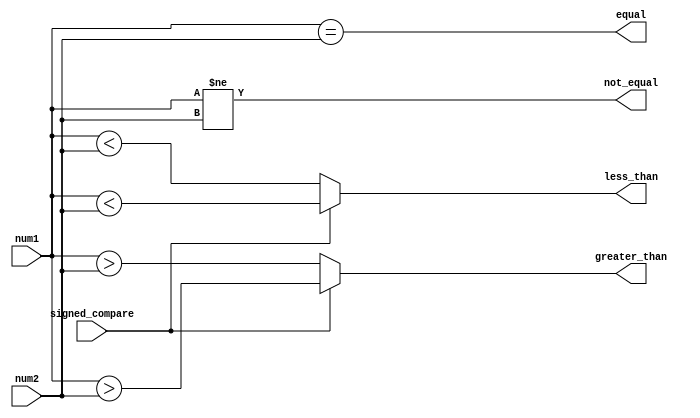
module comparator (
    input [7:0] num1,
    input [7:0] num2,
    input signed_compare,
    output equal,
    output not_equal,
    output greater_than,
    output less_than
);

assign equal = (num1 == num2);
assign not_equal = (num1 != num2);
assign greater_than = (signed_compare ? (num1 > num2) : ($signed(num1) > $signed(num2)));
assign less_than = (signed_compare ? (num1 < num2) : ($signed(num1) < $signed(num2)));

endmodule